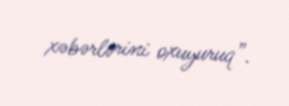
xəbərlərini oxuyuruq”.